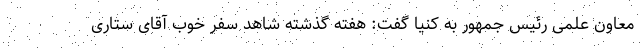
معاون علمی رئیس جمهور به کنیا گفت: هفته گذشته شاهد سفر خوب آقای ستاری